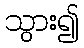
သွား၍